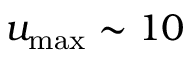
u _ { \mathrm { m a x } } \sim 1 0